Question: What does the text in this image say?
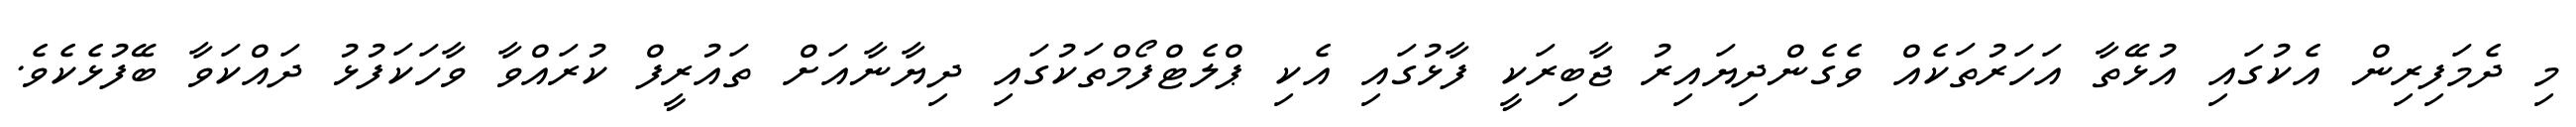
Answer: މި ދެމަފިރިން އެކުގައި އުޅޭތާ އަހަރުތަކެއް ވެގެންދިޔައިރު ޖާބިރަކީ ފާޅުގައި އެކި ޕްލެޓްފޯމްތަކުގައި ދިޔާނާއަށް ތައުރީފް ކުރައްވާ ވާހަކަފުޅު ދައްކަވާ ބޭފުޅެކެވެ.